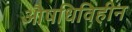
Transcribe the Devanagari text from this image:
औषधिविहीन